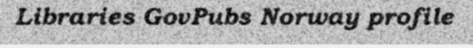
Libraries GovPubs Norway profile